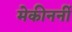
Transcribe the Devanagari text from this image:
मेकीनर्नी